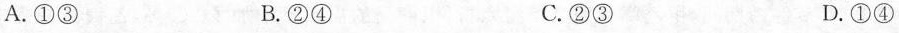
A.①③ B.②④ C.②③ D.①④